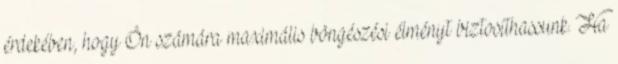
érdekében, hogy Ön számára maximális böngészési élményt biztosíthassunk. Ha